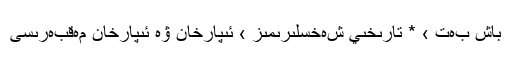
باش بەت › * تارىخىي شەخسلىرىمىز › ئىپارخان ۋە ئىپارخان مەقبەرىسى